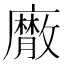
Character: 𢋮